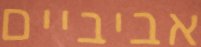
אביביים